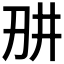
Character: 𭃎